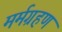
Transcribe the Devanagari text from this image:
मर्मग्रहण